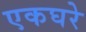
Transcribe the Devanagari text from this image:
एकघरे